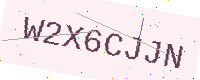
Text: W2X6CJJN